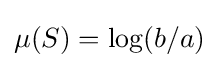
\mu (S)=\log(b/a)